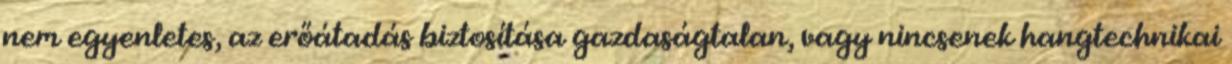
nem egyenletes, az erőátadás biztosítása gazdaságtalan, vagy nincsenek hangtechnikai